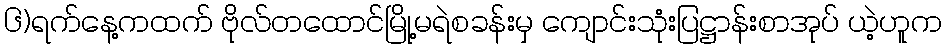
၆)ရက်နေ့ကထက် ဗိုလ်တထောင်မြို့မရဲစခန်းမှ ကျောင်းသုံးပြဋ္ဌာန်းစာအုပ် ယဲ့ဟူက